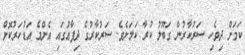
ކަމަށް ދިވެހި ސަރުކާރުން ގަބޫލު ކުރާ ކަމަށެވެ. ސަރުކާރުގެ ދިފާޢުގައި އެންމެ އަޑުހަރުކޮށް